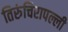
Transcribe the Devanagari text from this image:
तिरुंचिरापल्ली